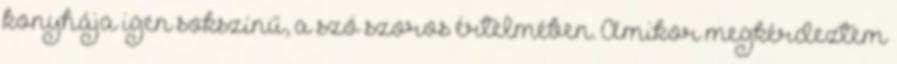
konyhája igen sokszínű, a szó szoros értelmében. Amikor megkérdeztem